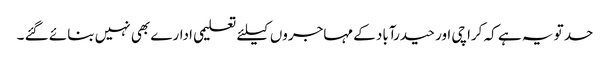
حد تو یہ ہے کہ کراچی اور حیدرآباد کے مہاجروں کیلئے تعلیمی ادارے بھی نہیں بنائے گئے ۔